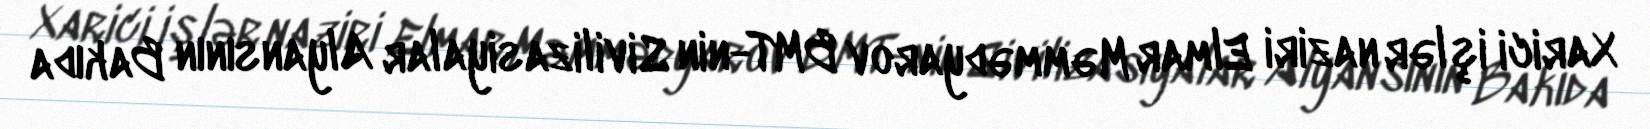
Xarici işlər naziri Elmar Məmmədyarov BMT-nin Sivilizasiyalar Alyansının Bakıda